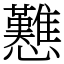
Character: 戁